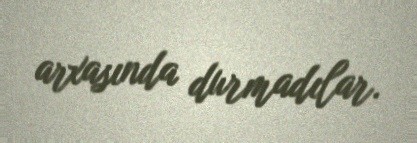
arxasında durmadılar.